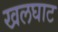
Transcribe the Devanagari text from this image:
खलघाट